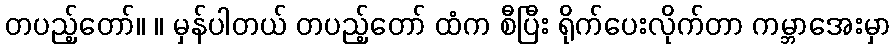
တပည့်တော်။ ။ မှန်ပါတယ် တပည့်တော် ထံက စီပြီး ရိုက်ပေးလိုက်တာ ကမ္ဘာအေးမှာ